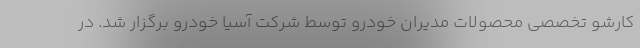
کارشو تخصصی محصولات مدیران خودرو توسط شرکت آسیا خودرو برگزار شد. در